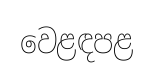
වෙළඳපළ